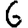
Digit: 6